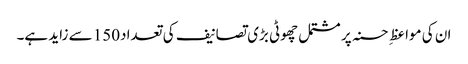
ان کی مواعظِ حسنہ پر مشتمل چھوٹی بڑی تصانیف کی تعداد150 سے زاید ہے۔